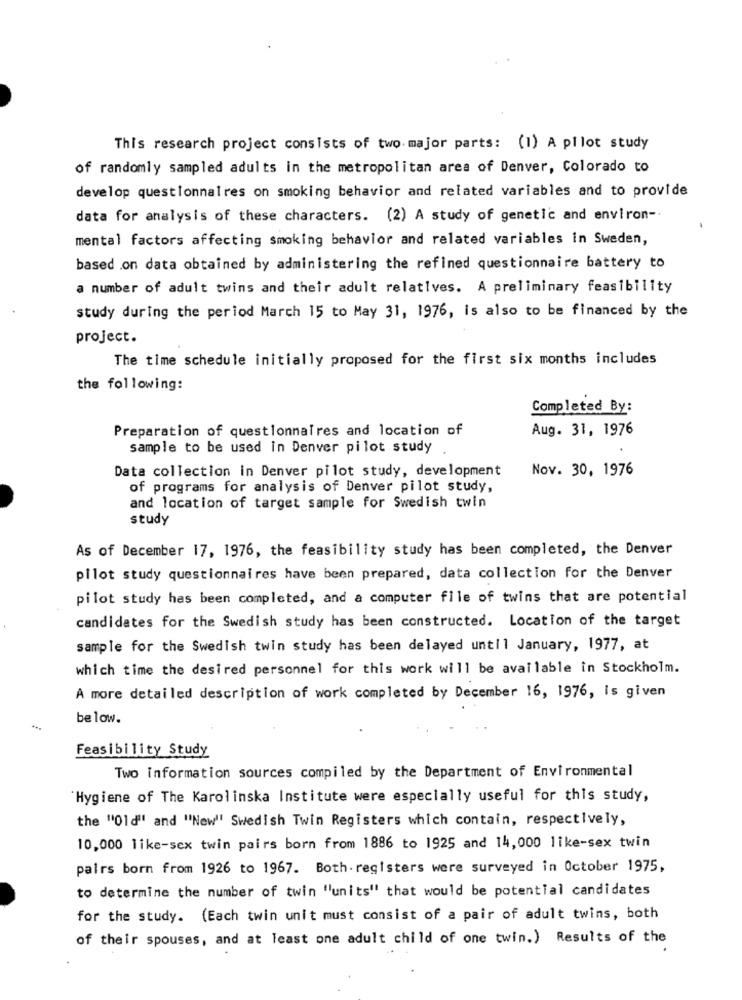
This research project consists of two major parts: (1) A pilot study
of randomly sampled adults in the metropolitan area of Denver, Colorado to
develop questionnaires on smoking behavior and related variables and to provide
data for analysis of these characters. (2) A study of genetic and environ -.
mental factors affecting smoking behavior and related variables in Sweden,
based .on data obtained by administering the refined questionnaire battery to
a number of adult twins and their adult relatives. A preliminary feasibility
study during the period March 15 to May 31, 1976, is also to be financed by the
project.
The time schedule initially proposed for the first six months includes
the following:
Completed By:
Preparation of questionnaires and location of
Aug. 31, 1976
sample to be used in Denver pilot study
Data collection in Denver pilot study, development
Nov. 30, 1976
of programs for analysis of Denver pilot study,
and location of target sample for Swedish twin
study
As of December 17, 1976, the feasibility study has been completed, the Denver
pilot study questionnaires have been prepared, data collection for the Denver
pilot study has been completed, and a computer file of twins that are potential
candidates for the Swedish study has been constructed. Location of the target
sample for the Swedish twin study has been delayed until January, 1977, at
which time the desired personnel for this work will be available in Stockholm.
A more detailed description of work completed by December 16, 1976, Is given
below.
Feasibility Study
Two information sources compiled by the Department of Environmental
Hygiene of The Karolinska Institute were especially useful for this study,
the "01d" and "New"' Swedish Twin Registers which contain, respectively,
10,000 like-sex twin pairs born from 1886 to 1925 and 14,000 like-sex twin
pairs born from 1926 to 1967. Both. registers were surveyed in October 1975,
to determine the number of twin "units" that would be potential candidates
for the study. (Each twin unit must consist of a pair of adult twins, both
of their spouses, and at least one adult child of one twin.) Results of the